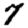
Digit: 7